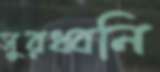
সুরধ্বনি